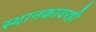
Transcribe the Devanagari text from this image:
स्थानकावरही